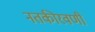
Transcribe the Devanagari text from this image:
नतकीरवणी